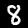
Label: 8